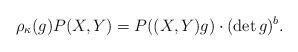
LaTeX: \begin{align*} \rho_\kappa(g) P(X,Y) = P((X,Y)g) \cdot (\det g)^b. \end{align*}